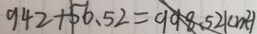
9 4 2 + 5 6 . 5 2 = 9 9 8 . 5 2 ( c m ^ { 2 } )